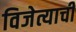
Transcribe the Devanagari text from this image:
विजेत्याची